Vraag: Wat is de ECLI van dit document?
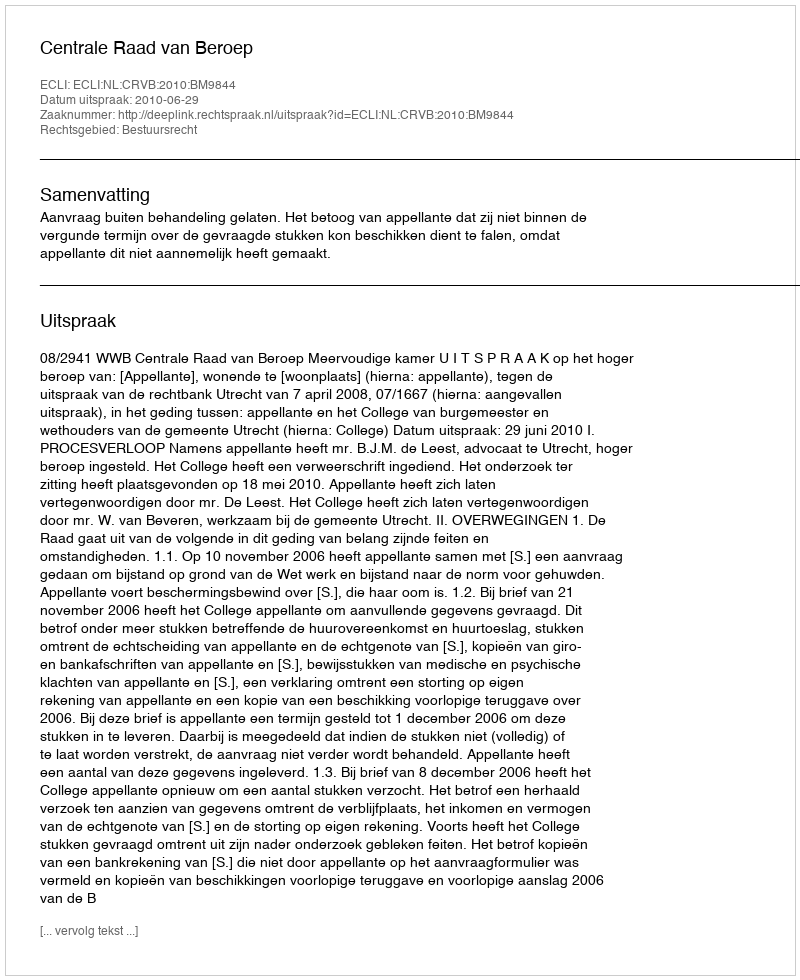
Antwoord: ECLI:NL:CRVB:2010:BM9844